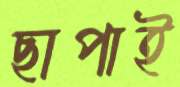
ছাপাই